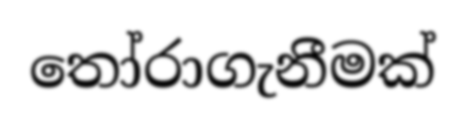
තෝරාගැනීමක්